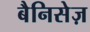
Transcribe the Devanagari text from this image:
बैनिसेज़